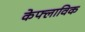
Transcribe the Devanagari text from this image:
केफ्लाविक